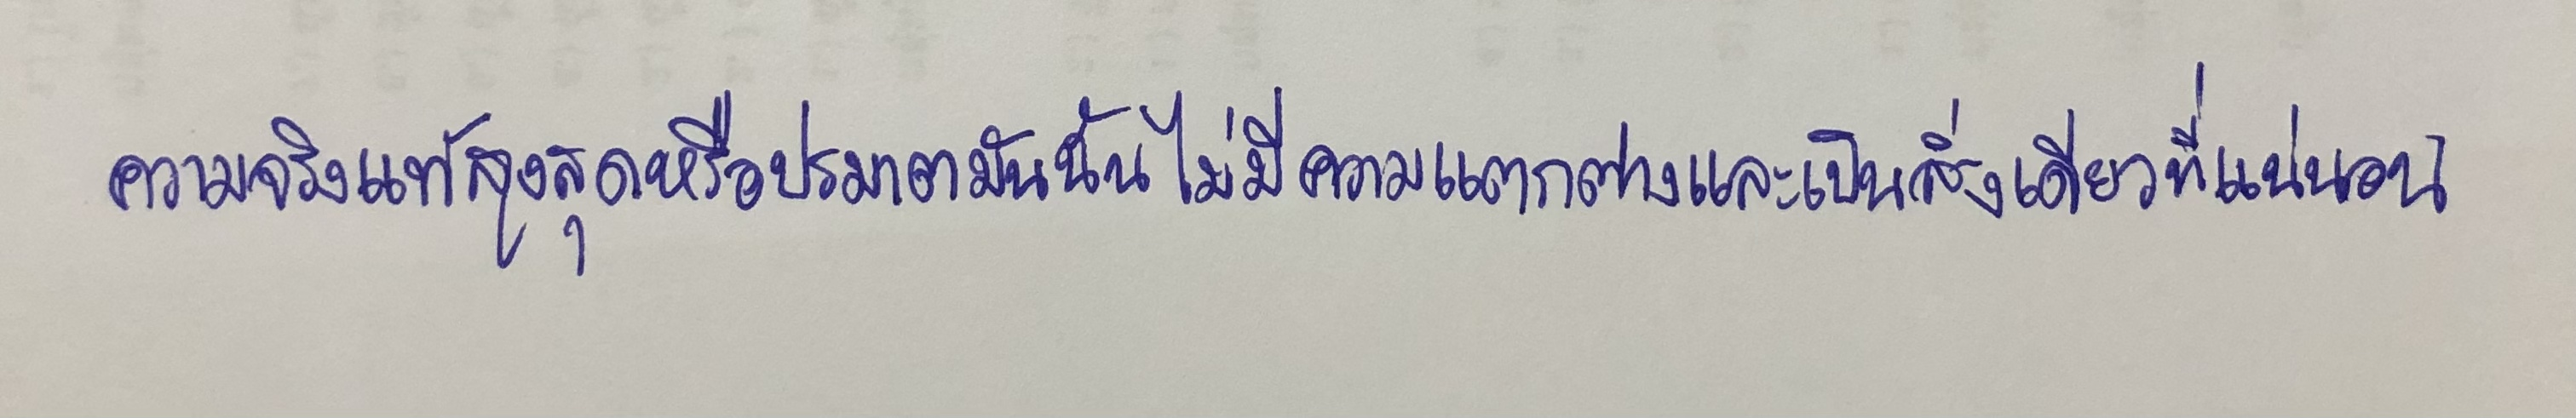
ความจริงแท้สูงสุดหรือปรมาตมันนั้นไม่มีความแตกต่างและเป็นสิ่งเดียวที่แน่นอน